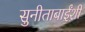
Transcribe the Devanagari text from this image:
सुनीताबाईंशी